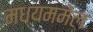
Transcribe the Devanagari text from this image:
मध्यममेल